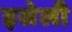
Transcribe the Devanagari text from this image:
इस्रेली